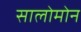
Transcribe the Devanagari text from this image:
सालोमोन